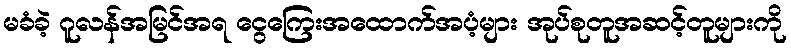
မခံခဲ့ ဂူလန်အမြင်အရ ငွေကြေးအထောက်အပံ့များ အုပ်စုတူအဆင့်တူများကို